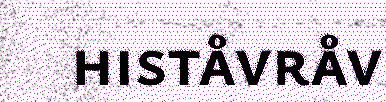
histåvråv